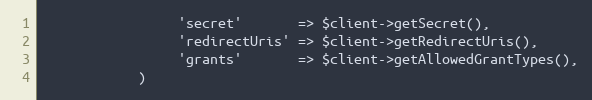
Language: PHP
                 'secret'       => $client->getSecret(),
                 'redirectUris' => $client->getRedirectUris(),
                 'grants'       => $client->getAllowedGrantTypes(),
            )